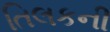
તિલકની